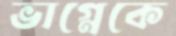
ভাগ্নেকে